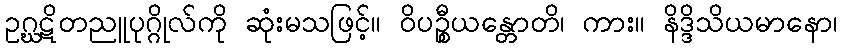
ဥဂ္ဃဋိတညူပုဂ္ဂိုလ်ကို ဆုံးမသဖြင့်။ ဝိပဉ္စီယန္တောတိ၊ ကား။ နိဒ္ဒိသိယမာနော၊